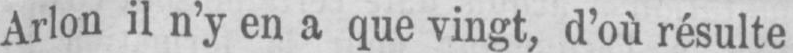
Arlon il n’y en a que vingt, d’où résulte